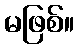
မဖြစ်။